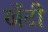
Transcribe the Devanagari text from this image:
खँटी